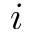
i